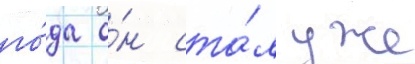
го́да о́н ста́л уже